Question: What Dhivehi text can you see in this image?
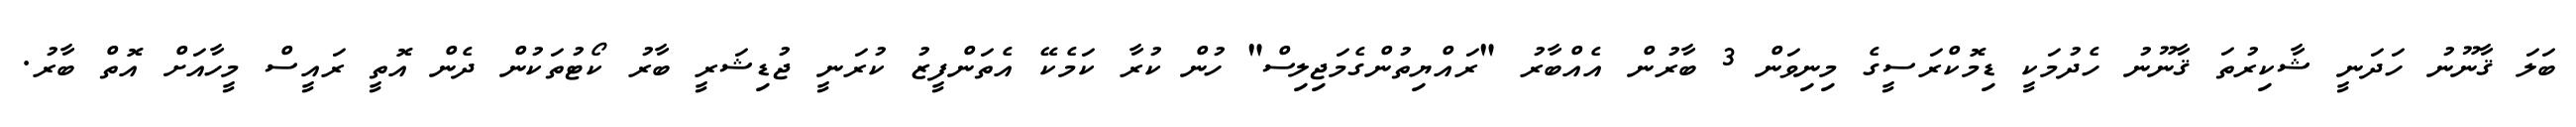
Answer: ބަލަ ޤާނޫނު ހަދަނީ ޝާކިރުތަ ޤާނޫނު ހެދުމަކީ ޑިމޮކްރަސީގެ މިނިވަން 3 ބާރުން އެއްބާރު "ރައްޔިތުންގެމަޖިލިސް" ހުން ކުރާ ކަމެކޭ އެތަންފީޒު ކުރަނީ ޖުޑިޝަރީ ބާރު ކޯޓުތަކުން ދެން އޮތީ ރައީސް މީހާއަށް އޮތް ބާރު.